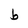
Character: b